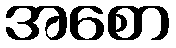
အစော